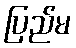
ပြည်မ